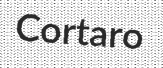
Cortaro